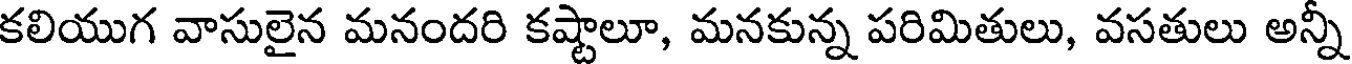
కలియుగ వాసులైన మనందరి కష్టాలూ, మనకున్న పరిమితులు, వసతులు అన్నీ